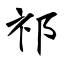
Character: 祁